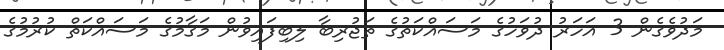
މަދުވެގެން 3 އަހަރު ދުވަހުގެ މަސައްކަތުގެ ތަޖުރިބާ ލިބިފައިވުން މަޤާމުގެ މަސައްކަތް ކުރުމުގެ